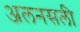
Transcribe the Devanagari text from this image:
अलनसली